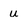
Character: u